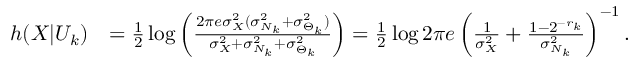
\begin{array} { r l } { h ( X | U _ { k } ) } & { = \frac { 1 } { 2 } \log \left( \frac { 2 \pi e \sigma _ { X } ^ { 2 } ( \sigma _ { N _ { k } } ^ { 2 } + \sigma _ { \Theta _ { k } } ^ { 2 } ) } { \sigma _ { X } ^ { 2 } + \sigma _ { N _ { k } } ^ { 2 } + \sigma _ { \Theta _ { k } } ^ { 2 } } \right) = \frac { 1 } { 2 } \log 2 \pi e \left( \frac { 1 } { \sigma _ { X } ^ { 2 } } + \frac { 1 - 2 ^ { - r _ { k } } } { \sigma _ { N _ { k } } ^ { 2 } } \right) ^ { - 1 } . } \end{array}